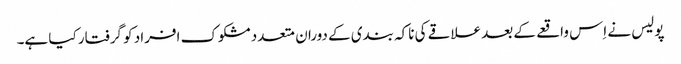
پولیس نے اِس واقعے کے بعد علاقے کی ناکہ بندی کے دوران متعدد مشکوک افراد کو گرفتار کیا ہے۔